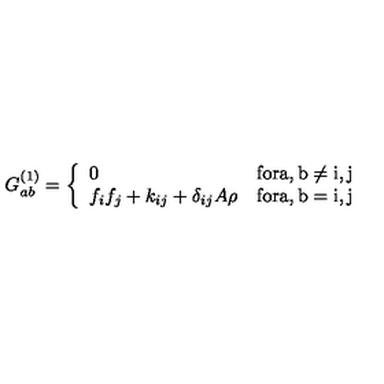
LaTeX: G _ { a b } ^ { ( 1 ) } = \left\{ \begin{array} { l l } { 0 } & { \mathrm { f o r a , b \ne i , j } } \\ { f _ { i } f _ { j } + k _ { i j } + \delta _ { i j } A \rho } & { \mathrm { f o r a , b = i , j } } \\ \end{array} \right.